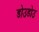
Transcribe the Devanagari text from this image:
डोउडोउ